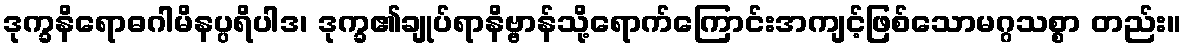
ဒုက္ခနိရောဓဂါမိနပ္ပရိပါဒ၊ ဒုက္ခ၏ချုပ်ရာနိဗ္ဗာန်သို့ရောက်ကြောင်းအကျင့်ဖြစ်သောမဂ္ဂသစ္စာ တည်း။